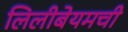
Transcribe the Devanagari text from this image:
लिलीबेयमची